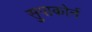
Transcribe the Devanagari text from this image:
सुपाकोर्न